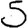
Digit: 5